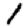
Digit: 1